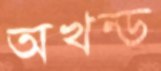
অখন্ড